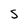
Character: S